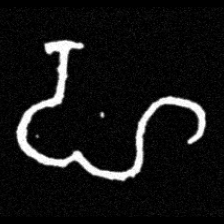
Pyu character \u2014 Myanmar letter: ဟ (romanized: ha)